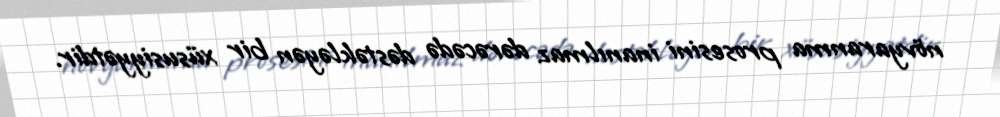
növyaranma prosesini inanılmaz dərəcədə dəstəkləyən bir xüsusiyyətdir.